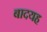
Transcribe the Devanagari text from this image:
बादयह